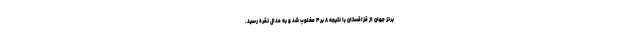
برنز جهان از قزاقستان با نتیجه ۸ بر ۴ مغلوب شد و به مدال نقره رسید.